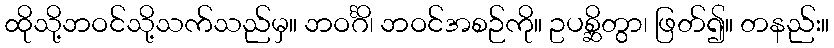
ထိုသို့ဘဝင်သို့သက်သည်မှ။ ဘဝင်္ဂိ၊ ဘဝင်အစဉ်ကို။ ဥပစ္ဆိတွာ၊ ဖြတ်၍။ တနည်း။